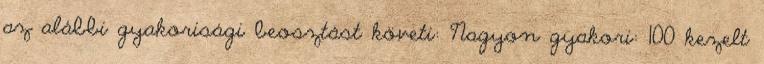
az alábbi gyakorisági beosztást követi: Nagyon gyakori: 100 kezelt